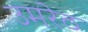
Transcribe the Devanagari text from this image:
उमरेठ